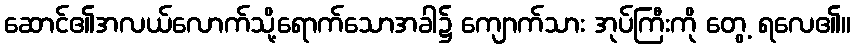
ဆောင်၏အလယ်လောက်သို့ရောက်သောအခါ၌ ကျောက်သား အုပ်ကြီးကို တွေ့ ရလေ၏။